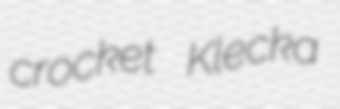
crocket Klecka